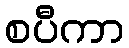
စပီကာ